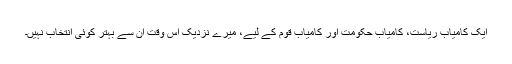
ایک کامیاب ریاست، کامیاب حکومت اور کامیاب قوم کے لیے، میرے نزدیک اس وقت اُن سے بہتر کوئی انتخاب نہیں۔